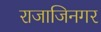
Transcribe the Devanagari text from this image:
राजाजिनगर